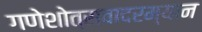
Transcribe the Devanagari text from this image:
गणेशोत्सवादरम्यान